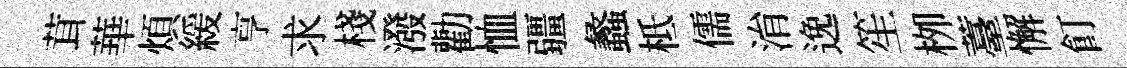
茸華煩緩亨求棧潑勸恤疆蠡柢儒㳙𨓜笙栁薹懈飣